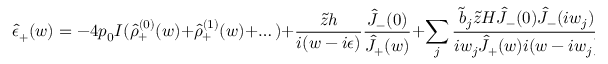
\hat { \epsilon } _ { + } ( w ) = - 4 p _ { 0 } I ( \hat { \rho } _ { + } ^ { ( 0 ) } ( w ) + \hat { \rho } _ { + } ^ { ( 1 ) } ( w ) + \dots ) + \frac { \tilde { z } h } { i ( w - i \epsilon ) } \frac { \hat { J } _ { - } ( 0 ) } { \hat { J } _ { + } ( w ) } + \sum _ { j } \frac { \tilde { b } _ { j } \tilde { z } H \hat { J } _ { - } ( 0 ) \hat { J } _ { - } ( i w _ { j } ) } { i w _ { j } \hat { J } _ { + } ( w ) i ( w - i w _ { j } ) } e ^ { - 2 B w _ { j } } + \dots